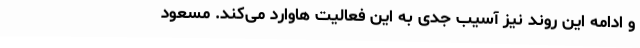
و ادامه این روند نیز آسیب جدی به این فعالیت هاوارد می‌کند. مسعود